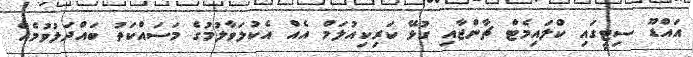
އައްޑޫ ސިޓީގައި ކްލައިމެޓް ޗާންޖާއި ގުޅޭ ކަރިކިއުލަމް އެއް އެކުލަވާލުމުގެ މަސައްކަތު ބައްދަލުވުމެއް